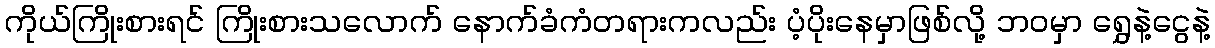
ကိုယ်ကြိုးစားရင် ကြိုးစားသလောက် နောက်ခံကံတရားကလည်း ပံ့ပိုးနေမှာဖြစ်လို့ ဘဝမှာ ရွှေနဲ့ငွေနဲ့